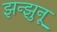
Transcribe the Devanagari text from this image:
झन्झुनू